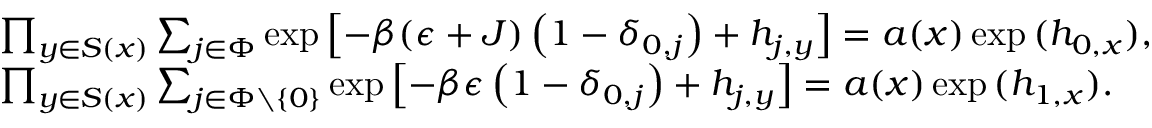
\begin{array} { l l } { \prod _ { y \in S ( x ) } \sum _ { j \in \Phi } \exp \left[ - \beta ( \epsilon + J ) \left( 1 - \delta _ { 0 , j } \right) + h _ { j , y } \right] = a ( x ) \exp \, ( h _ { 0 , x } ) , } \\ { \prod _ { y \in S ( x ) } \sum _ { j \in \Phi \setminus \{ 0 \} } \exp \left[ - \beta \epsilon \left( 1 - \delta _ { 0 , j } \right) + h _ { j , y } \right] = a ( x ) \exp \, ( h _ { 1 , x } ) . } \end{array}